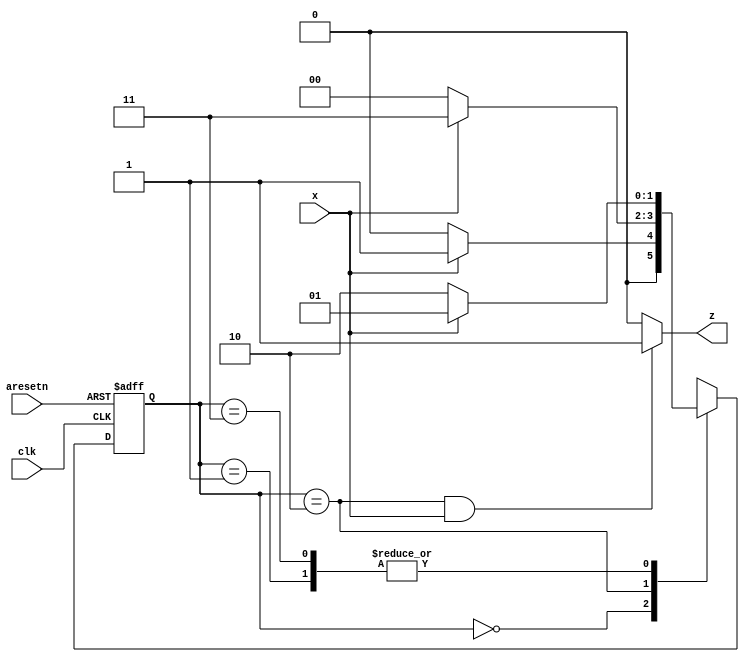
module top_module (
    input clk,
    input aresetn,    // Asynchronous active-low reset
    input x,
    output z ); 
	
    localparam s0 = 0, s1 = 1, s2 = 2, s3 = 3;
    reg [1:0] current_state, next_state;
    
    always @(*) begin
        case (current_state)
            s0: next_state <= (x)?s1:s0;
            s1: next_state <= (x)?s1:s2;
            s2: next_state <= (x)?s3:s0;
            s3: next_state <= (x)?s1:s2;
        endcase
    end
  
    always @(posedge clk or negedge aresetn) begin
        if (~aresetn) current_state <= s0;
        else current_state <= next_state;
    end
    
    assign z = (current_state == s2 & x==1'b1)?1'b1:1'b0;
    
endmodule